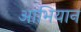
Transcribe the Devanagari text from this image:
आभियान